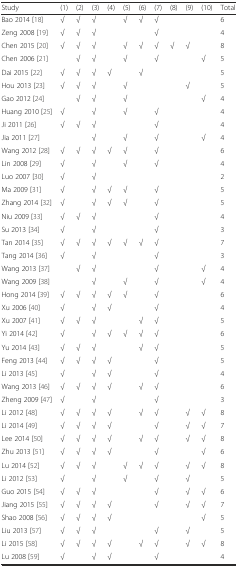
<table><thead><tr><td><b>Study</b></td><td><b>(1)</b></td><td><b>(2)</b></td><td><b>(3)</b></td><td><b>(4)</b></td><td><b>(5)</b></td><td><b>(6)</b></td><td><b>(7)</b></td><td><b>(8)</b></td><td><b>(9)</b></td><td><b>(10)</b></td><td><b>Total</b></td></tr></thead><tbody><tr><td>Bao 2014 [18]</td><td>√</td><td>√</td><td>√</td><td></td><td>√</td><td>√</td><td>√</td><td></td><td></td><td></td><td>6</td></tr><tr><td>Zeng 2008 [19]</td><td>√</td><td>√</td><td>√</td><td></td><td></td><td></td><td>√</td><td></td><td></td><td></td><td>4</td></tr><tr><td>Chen 2015 [20]</td><td>√</td><td>√</td><td>√</td><td></td><td>√</td><td>√</td><td>√</td><td>√</td><td>√</td><td></td><td>8</td></tr><tr><td>Chen 2006 [21]</td><td></td><td>√</td><td>√</td><td></td><td>√</td><td></td><td>√</td><td></td><td></td><td>√</td><td>5</td></tr><tr><td>Dai 2015 [22]</td><td>√</td><td>√</td><td>√</td><td>√</td><td></td><td>√</td><td></td><td></td><td></td><td></td><td>5</td></tr><tr><td>Hou 2013 [23]</td><td>√</td><td>√</td><td>√</td><td></td><td>√</td><td></td><td></td><td></td><td>√</td><td></td><td>5</td></tr><tr><td>Gao 2012 [24]</td><td></td><td>√</td><td>√</td><td></td><td>√</td><td></td><td></td><td></td><td></td><td>√</td><td>4</td></tr><tr><td>Huang 2010 [25]</td><td>√</td><td></td><td>√</td><td></td><td>√</td><td></td><td>√</td><td></td><td></td><td></td><td>4</td></tr><tr><td>Ji 2011 [26]</td><td>√</td><td>√</td><td>√</td><td></td><td></td><td></td><td>√</td><td></td><td></td><td></td><td>4</td></tr><tr><td>Jia 2011 [27]</td><td></td><td></td><td>√</td><td></td><td>√</td><td></td><td>√</td><td></td><td></td><td>√</td><td>4</td></tr><tr><td>Wang 2012 [28]</td><td>√</td><td>√</td><td>√</td><td>√</td><td>√</td><td></td><td>√</td><td></td><td></td><td></td><td>6</td></tr><tr><td>Lin 2008 [29]</td><td>√</td><td></td><td>√</td><td></td><td>√</td><td></td><td>√</td><td></td><td></td><td></td><td>4</td></tr><tr><td>Luo 2007 [30]</td><td>√</td><td></td><td>√</td><td></td><td></td><td></td><td></td><td></td><td></td><td></td><td>2</td></tr><tr><td>Ma 2009 [31]</td><td>√</td><td></td><td>√</td><td>√</td><td>√</td><td></td><td>√</td><td></td><td></td><td></td><td>5</td></tr><tr><td>Zhang 2014 [32]</td><td>√</td><td></td><td>√</td><td>√</td><td>√</td><td></td><td>√</td><td></td><td></td><td></td><td>5</td></tr><tr><td>Niu 2009 [33]</td><td>√</td><td>√</td><td>√</td><td></td><td></td><td></td><td>√</td><td></td><td></td><td></td><td>4</td></tr><tr><td>Su 2013 [34]</td><td>√</td><td></td><td>√</td><td></td><td></td><td></td><td>√</td><td></td><td></td><td></td><td>3</td></tr><tr><td>Tan 2014 [35]</td><td>√</td><td>√</td><td>√</td><td>√</td><td>√</td><td>√</td><td>√</td><td></td><td></td><td></td><td>7</td></tr><tr><td>Tang 2014 [36]</td><td>√</td><td></td><td>√</td><td></td><td></td><td></td><td>√</td><td></td><td></td><td></td><td>3</td></tr><tr><td>Wang 2013 [37]</td><td></td><td>√</td><td>√</td><td></td><td></td><td></td><td>√</td><td></td><td></td><td>√</td><td>4</td></tr><tr><td>Wang 2009 [38]</td><td></td><td></td><td>√</td><td></td><td>√</td><td></td><td>√</td><td></td><td></td><td>√</td><td>4</td></tr><tr><td>Hong 2014 [39]</td><td>√</td><td>√</td><td>√</td><td>√</td><td>√</td><td></td><td>√</td><td></td><td></td><td></td><td>6</td></tr><tr><td>Xu 2006 [40]</td><td>√</td><td></td><td>√</td><td>√</td><td></td><td></td><td>√</td><td></td><td></td><td></td><td>4</td></tr><tr><td>Xu 2007 [41]</td><td>√</td><td>√</td><td>√</td><td></td><td></td><td>√</td><td>√</td><td></td><td></td><td></td><td>5</td></tr><tr><td>Yi 2014 [42]</td><td>√</td><td></td><td>√</td><td>√</td><td>√</td><td>√</td><td>√</td><td></td><td></td><td></td><td>6</td></tr><tr><td>Yu 2014 [43]</td><td>√</td><td>√</td><td>√</td><td></td><td></td><td>√</td><td>√</td><td></td><td></td><td></td><td>5</td></tr><tr><td>Feng 2013 [44]</td><td>√</td><td>√</td><td>√</td><td>√</td><td></td><td></td><td>√</td><td></td><td></td><td></td><td>5</td></tr><tr><td>Li 2013 [45]</td><td>√</td><td></td><td>√</td><td>√</td><td></td><td></td><td>√</td><td></td><td></td><td></td><td>4</td></tr><tr><td>Wang 2013 [46]</td><td>√</td><td>√</td><td>√</td><td>√</td><td></td><td>√</td><td>√</td><td></td><td></td><td></td><td>6</td></tr><tr><td>Zheng 2009 [47]</td><td>√</td><td></td><td>√</td><td></td><td></td><td></td><td>√</td><td></td><td></td><td></td><td>3</td></tr><tr><td>Li 2012 [48]</td><td>√</td><td>√</td><td>√</td><td>√</td><td></td><td>√</td><td>√</td><td></td><td>√</td><td>√</td><td>8</td></tr><tr><td>Li 2014 [49]</td><td>√</td><td>√</td><td>√</td><td>√</td><td></td><td></td><td>√</td><td></td><td>√</td><td>√</td><td>7</td></tr><tr><td>Lee 2014 [50]</td><td>√</td><td>√</td><td>√</td><td>√</td><td></td><td>√</td><td>√</td><td></td><td>√</td><td>√</td><td>8</td></tr><tr><td>Zhu 2013 [51]</td><td>√</td><td>√</td><td>√</td><td>√</td><td></td><td></td><td>√</td><td></td><td></td><td>√</td><td>6</td></tr><tr><td>Lu 2014 [52]</td><td>√</td><td>√</td><td>√</td><td></td><td>√</td><td>√</td><td>√</td><td></td><td>√</td><td>√</td><td>8</td></tr><tr><td>Li 2012 [53]</td><td>√</td><td></td><td>√</td><td></td><td>√</td><td></td><td>√</td><td></td><td>√</td><td></td><td>5</td></tr><tr><td>Guo 2015 [54]</td><td>√</td><td>√</td><td>√</td><td></td><td></td><td></td><td>√</td><td></td><td>√</td><td>√</td><td>6</td></tr><tr><td>Jiang 2015 [55]</td><td>√</td><td>√</td><td>√</td><td>√</td><td></td><td></td><td>√</td><td></td><td>√</td><td>√</td><td>7</td></tr><tr><td>Shao 2008 [56]</td><td>√</td><td>√</td><td>√</td><td>√</td><td></td><td></td><td></td><td></td><td></td><td>√</td><td>5</td></tr><tr><td>Liu 2013 [57]</td><td>√</td><td>√</td><td>√</td><td></td><td></td><td></td><td>√</td><td></td><td>√</td><td></td><td>5</td></tr><tr><td>Li 2015 [58]</td><td>√</td><td>√</td><td>√</td><td>√</td><td></td><td>√</td><td>√</td><td></td><td>√</td><td>√</td><td>8</td></tr><tr><td>Lu 2008 [59]</td><td>√</td><td></td><td>√</td><td>√</td><td></td><td></td><td>√</td><td></td><td></td><td></td><td>4</td></tr></tbody></table>